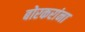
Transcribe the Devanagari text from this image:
बोरकरांना